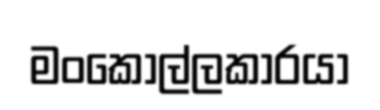
මංකොල්ලකාරයා